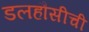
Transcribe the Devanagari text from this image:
डलहौसीची